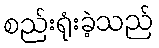
စည်းရုံးခဲ့သည်